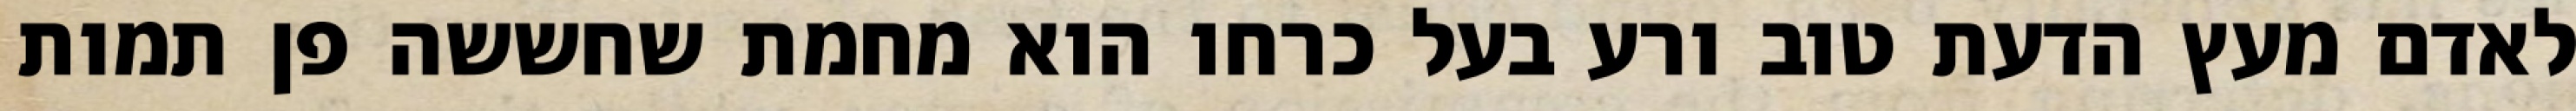
לאדם מעץ הדעת טוב ורע בעל כרחו הוא מחמת שחששה פן תמות